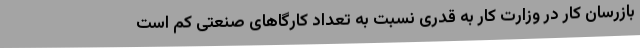
بازرسان کار در وزارت کار به قدری نسبت به تعداد کارگاهای صنعتی کم است